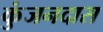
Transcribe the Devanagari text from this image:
कुंजनदास